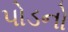
પોડનો